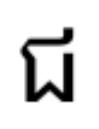
ជ